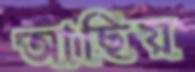
আছিয়